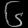
Digit: ၆